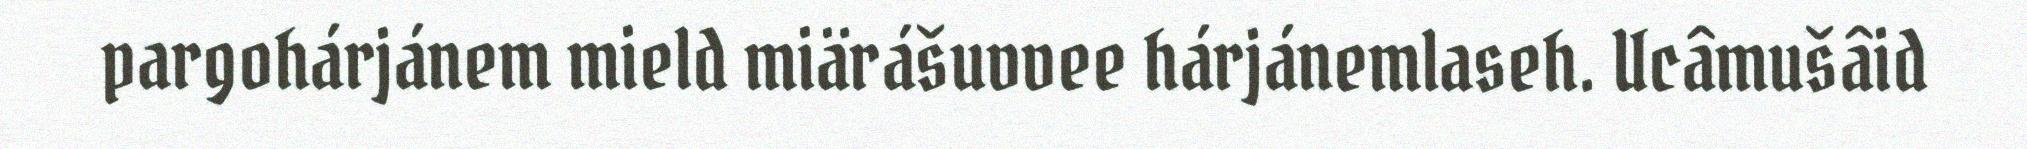
pargohárjánem mield miärášuvvee hárjánemlaseh. Ucâmušâid